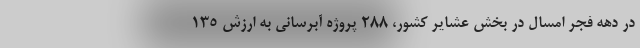
در دهه فجر امسال در بخش عشایر کشور، 288 پروژه آبرسانی به ارزش 135